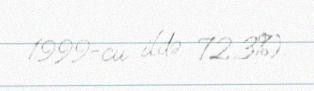
1999-cu ildə 72.3%).